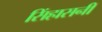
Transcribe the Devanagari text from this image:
सिंहासनी